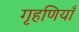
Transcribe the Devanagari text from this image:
गृहणियाँ